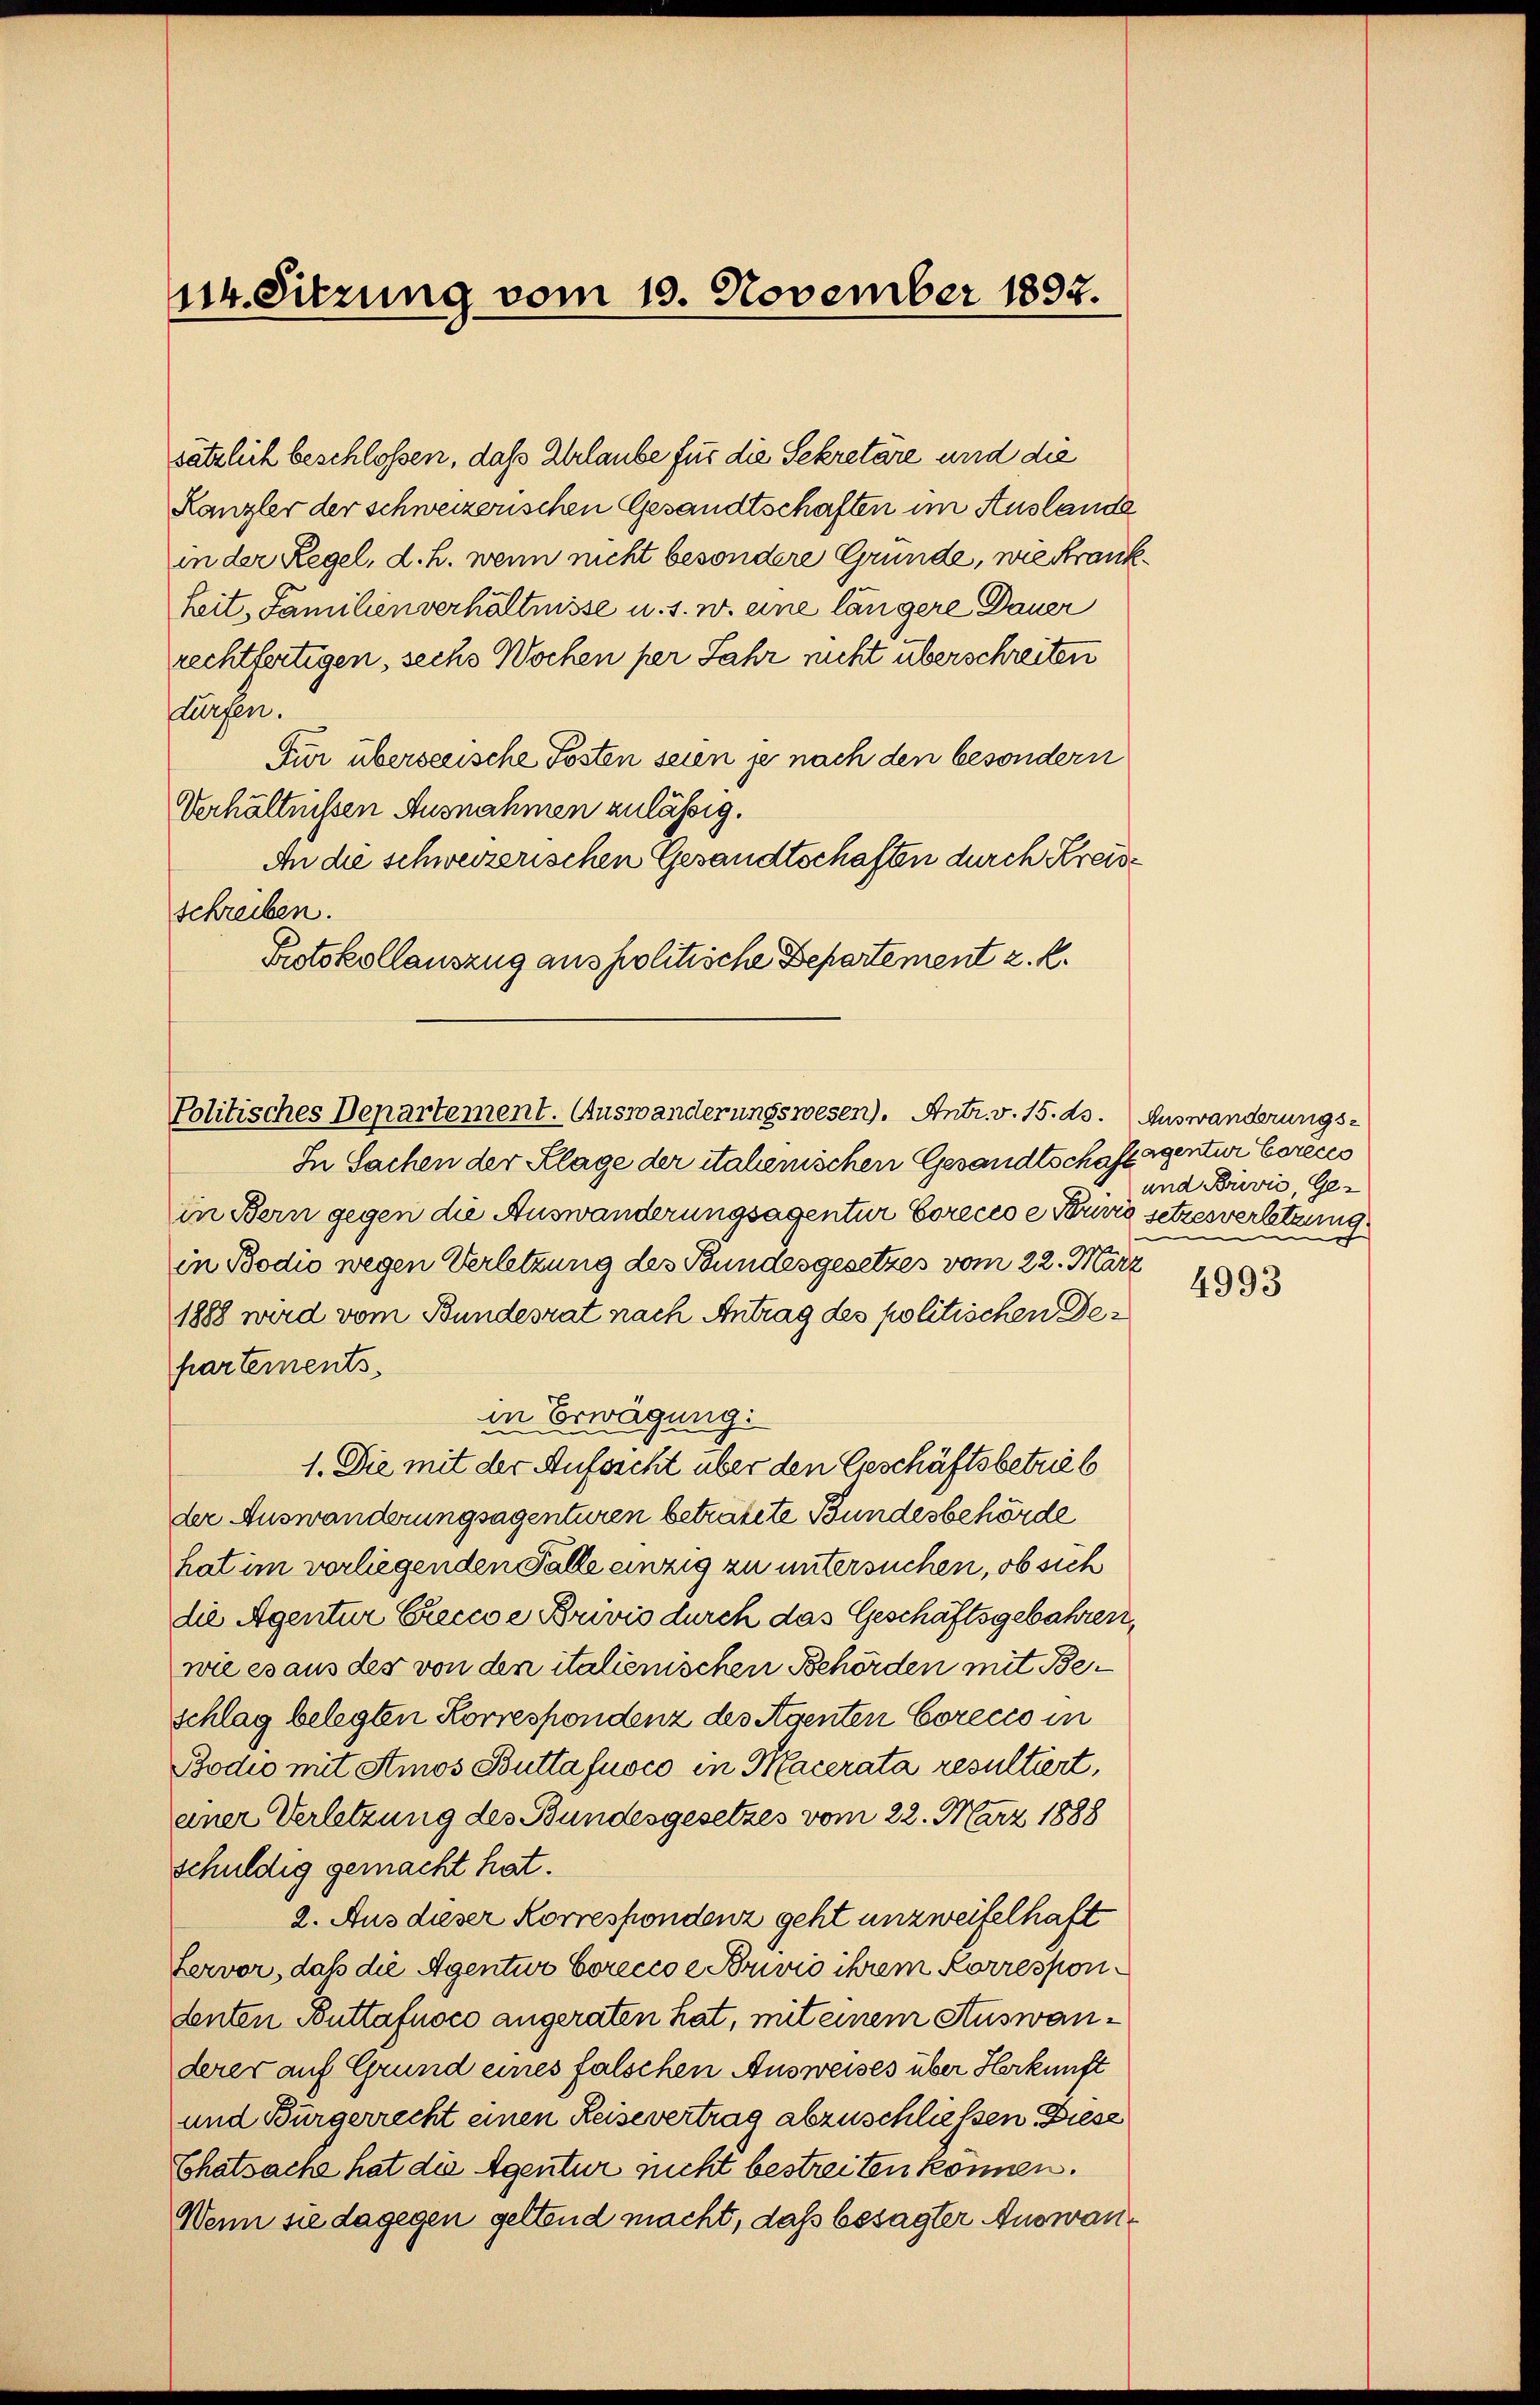
114. Sitzung vom 10. November 1892.

sätzlich beschlossen, daß Urlaube für die Sekretäre und die
Kanzler der schweizerischen Gesandtschaften im Auslande
in der Regel, d. h. wenn nicht besondere Gründe, wie Krankkeit, Familienverhältnisse u. s. w. eine längere Dauer
rechtfertigen, sechs Wochen per Jahr nicht überschreiten
surgen.
für überseeische Posten seien je nach den besondern
Verhältnissen Ausnahmen zulässig.
An die schweizerischen Gesandtschaften durch Kreisschreiben.
Protokollauszug aus politische Departement z. R.

Politisches Departement. Auswanderungswesen). Antr. v. 15. ds. Auswanderungs¬

In Sachen der Klage der italienischen Gesandtschaftigentur Corèces
in Bern gegen die Auswanderungsagentur Corecco e Perić setzesverletzung
in Bodio wegen Verletzung des Bundesgesetzes vom 22. März
1888 wird vom Bundesrat nach Antrag des politischen Departements.
in Erwägung:
1. Die mit der Aufsicht über den Geschäftsbetrieb
der Auswanderungsagenturen betratete Bundesbehörde
hat im vorliegenden Falle einzig zu untersuchen, ob sich
die Agentur Creccoe Brivis durch das Geschäftsgebahren,
wie es aus der von den italienischen Behörden mit Beschlag belegten Korrespondenz des Agenten Corecco in
Bodio mit Atmos Butta fuoco in Macerata resultiert,
einer Verletzung des Bundesgesetzes vom 22. März 1888
schuldig gemacht hat.
2. Aus dieser Korrespondenz geht unzweifelhaft
Lervor, daß die Agentur Corecco e Brivio ihrem Korrespondenten Buttafnoco angeraten hat, mit einem Auswanderer auf Grund eines falschen Ausweises über Herkunft
und Bürgerrecht einen Reisevertrag abzuschliessen. Diese
Chatsache hat die Agentur sucht bestreiten können.
Wenn sie dagegen geltend macht, daß besagter Auswan¬

und Brević, Ge-

4993